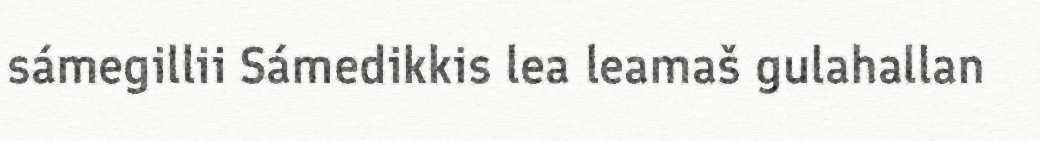
sámegillii Sámedikkis lea leamaš gulahallan